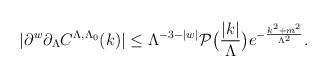
LaTeX: \begin{align*}|\partial ^w \partial _{\Lambda} C^{\Lambda,\Lambda_0}(k)| \le \Lambda^{-3-|w|} \mathcal{P}\bigl(\frac{|k|}{\Lambda}\bigr ) e^{-\frac{k^2+m^2}{\Lambda^2}} .\end{align*}